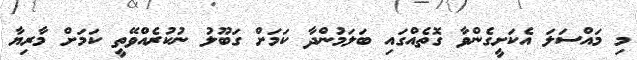
މި މައްސަލަ އެކަށީގެންވާ ގޮތެއްގައި ބަލަމުންދާ ކަމަށް ގަބޫލު ނުކުރެއްވޭތީ ކަމަށް މާރިޔާ